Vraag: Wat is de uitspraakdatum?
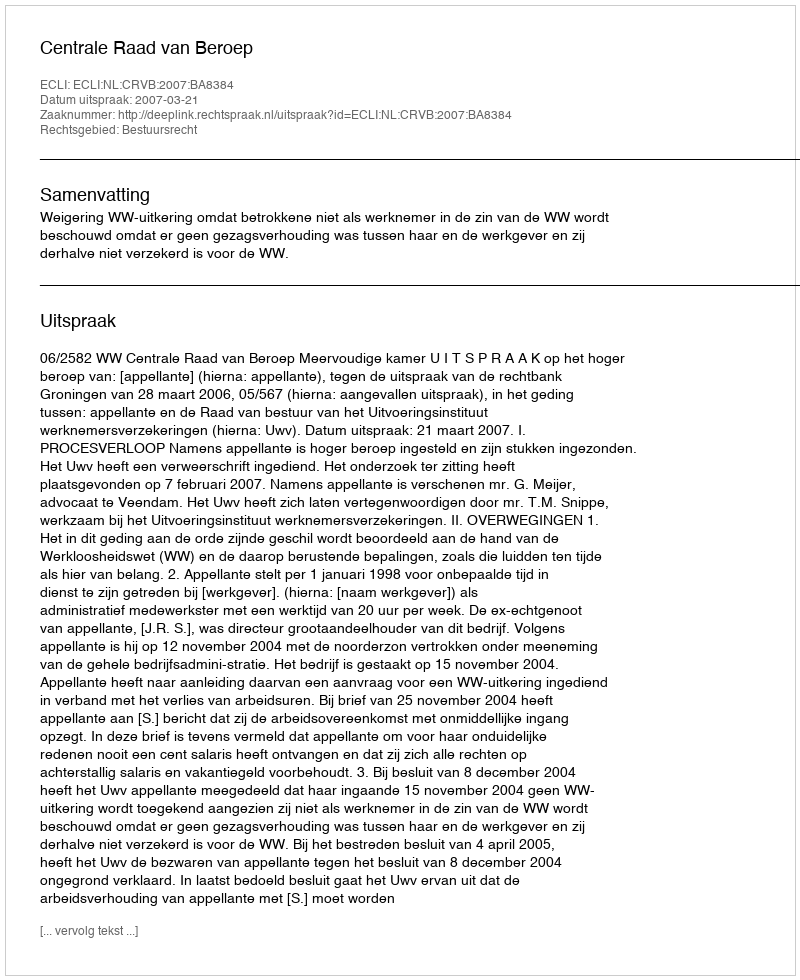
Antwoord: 2007-03-21